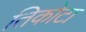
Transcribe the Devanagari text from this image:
तिकोटा